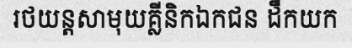
រថយន្តសាមុយគ្លីនិកឯកជន ដឹកយក